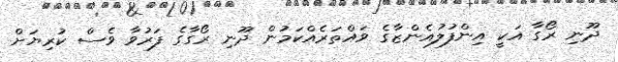
ދޫނި ރޯގާ އަކީ އިންފުލުއެންޒާގެ ވައްތަރެއްކަމުން ދޫނި ރޯގާގެ ފަރުވާ ވެސް ކުރިޔަށް